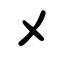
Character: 㐅